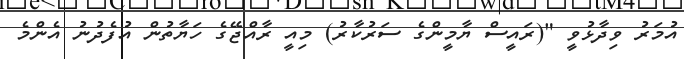
އުމަރު ވިދާޅުވީ "(ރައީސް ޔާމީންގެ ސަރުކާރު) މިއީ ރާއްޖޭގެ ހަޔާތުން އުފެދުނު އެންމެ